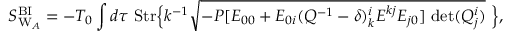
S _ { \mathrm { W } _ { A } } ^ { \mathrm { B I } } = - T _ { 0 } \int d \tau ~ \mathrm { S t r } \Bigl \{ k ^ { - 1 } \sqrt { - P [ E _ { 0 0 } + E _ { 0 i } ( Q ^ { - 1 } - \delta ) _ { k } ^ { i } E ^ { k j } E _ { j 0 } ] \ \mathrm { d e t } ( Q _ { j } ^ { i } ) } \ \Bigr \} ,